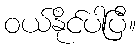
ဝယ်နိုင်ပါပြီ။